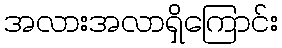
အလားအလာရှိကြောင်း